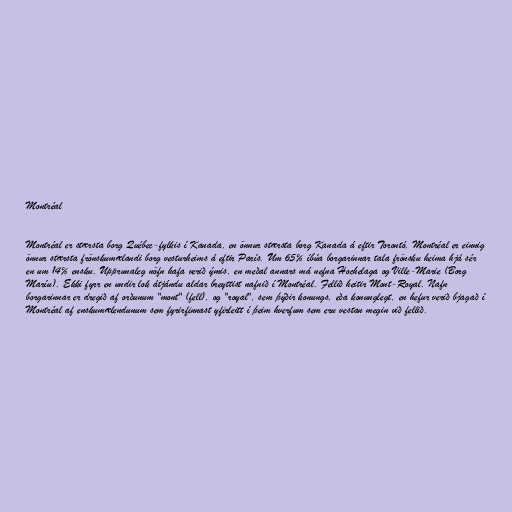
Montréal

Montréal er stærsta borg Québec-fylkis í Kanada, en önnur stærsta borg Kanada á eftir Torontó. Montréal er einnig
önnur stærsta frönskumælandi borg vesturheims á eftir París. Um 65% íbúa borgarinnar tala frönsku heima hjá sér
en um 14% ensku. Upprunaleg nöfn hafa verið ýmis, en meðal annars má nefna Hochelaga og Ville-Marie (Borg
Maríu). Ekki fyrr en undir lok átjándu aldar breyttist nafnið í Montréal. Fellið heitir Mont-Royal. Nafn
borgarinnar er dregið af orðunum "mont" (fell), og "royal", sem þýðir konungs, eða konunglegt, en hefur verið bjagað í
Montréal af enskumælendunum sem fyrirfinnast yfirleitt í þeim hverfum sem eru vestan megin við fellið.